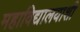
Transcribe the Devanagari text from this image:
महाविद्यालयाशी